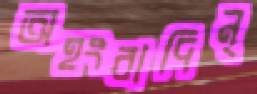
অহংবাদিন্